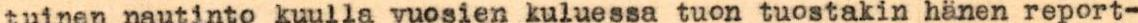
tuinen nautinto kuulla vuosien kuluessa tuon tuostakin hänen report-